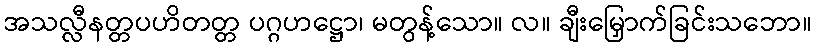
အသလ္လီနတ္တပဟိတတ္တ ပဂ္ဂဟဋ္ဌော၊ မတွန့်သော။ လ။ ချီးမြှောက်ခြင်းသဘော။